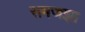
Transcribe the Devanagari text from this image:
समजझा